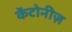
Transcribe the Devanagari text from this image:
केंटोनीज़